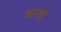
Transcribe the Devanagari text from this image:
करुड़